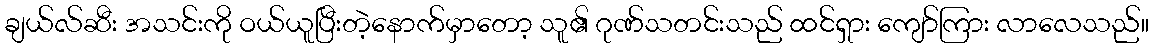
ချယ်လ်ဆီး အသင်းကို ဝယ်ယူပြီးတဲ့နောက်မှာတော့ သူ၏ ဂုဏ်သတင်းသည် ထင်ရှား ကျော်ကြား လာလေသည်။